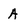
Character: A